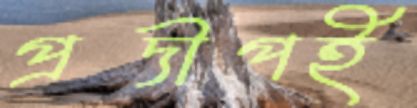
প্রদীপই